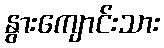
နွားကျောင်းသား